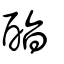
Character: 酯